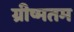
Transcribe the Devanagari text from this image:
ग्रीष्मतम